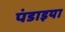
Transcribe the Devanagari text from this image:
पंडाइया